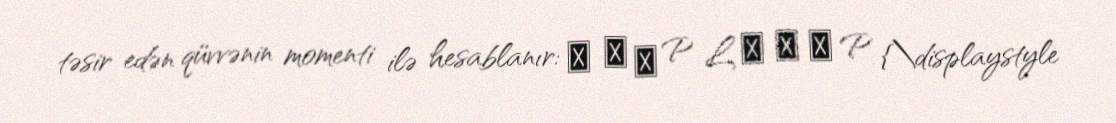
təsir edən qüvvənin momenti ilə hesablanır: τ → Ω P L → Ω → P {\displaystyle